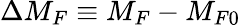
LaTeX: \Delta M_{F}\equiv M_{F}-M_{F0}